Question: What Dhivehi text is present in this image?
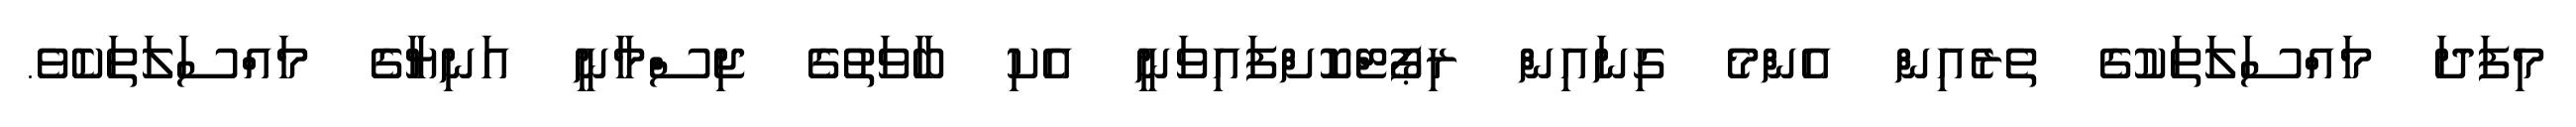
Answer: މިފަދަ މައްސަލަތަކުގެ ތެރެއިން އެންމެ ގިނައިން ރިޕޯޓްކޮށްފައިވަނީ އެކި ބާވަތުގެ ޖިސްމާނީ އަނިޔާގެ މައްސަލަތަކެވެ.